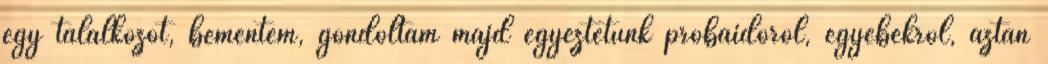
egy találkozót, bementem, gondoltam majd egyeztetünk próbaidőről, egyebekről, aztán